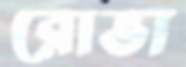
রোভা